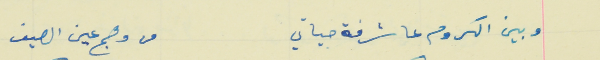
وبين الكروم عا شرفة حياتي                                       من وهج عين الصيف